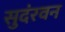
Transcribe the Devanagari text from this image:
सुदंरवन